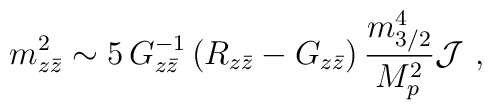
m_{z{\bar z}}^2\sim 5\, G^{-1}_{z{\bar z}}\left( R_{z{\bar z}}-G_{z{\bar z}}\right){m_{3/2}^4\over M_p^2}{\cal J}\ ,